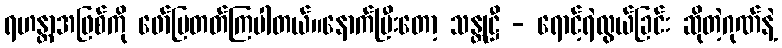
ရဟန္တာအဖြစ်ကို ဖော်ပြတတ်ကြပါတယ်။နောက်ပြီးတော့ သန္တုဋ္ဌီ - ရောင့်ရဲလွယ်ခြင်း ဆိုတဲ့ဂုဏ်နဲ့